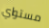
مستواي